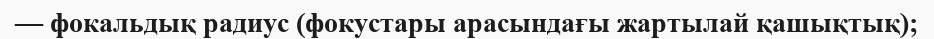
— фокальдық радиус (фокустары арасындағы жартылай қашықтық);